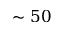
\sim 5 0